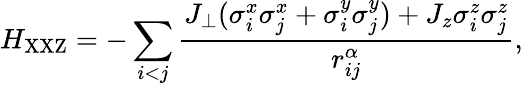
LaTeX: H_{\textrm{XXZ}}=-\sum_{i<j}\frac{J_{\perp}(\sigma_{i}^{x}\sigma_{j}^{x}+\sigma_{i}^{y}\sigma_{j}^{y})+J_{z}\sigma_{i}^{z}\sigma_{j}^{z}}{r_{ij}^{\alpha}},